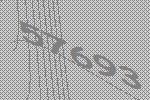
57693